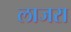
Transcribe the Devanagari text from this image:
लाजरा